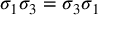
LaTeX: \sigma _ { 1 } \sigma _ { 3 } = \sigma _ { 3 } \sigma _ { 1 }